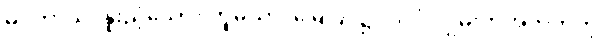
မုဒုကာယ၊ နူးညံ့သော။ ဘူမိယာ၊ မြေပြင်၌။ သိပ္ပံ၊ ဂျွမ်းကအတတ်ကို။